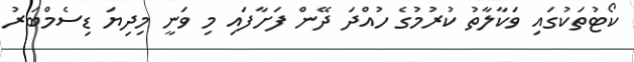
ކޯޓުތަކުގައި ވަކާލާތު ކުރުމުގެ ހުއްދަ ދޭން ފަށާފައި މި ވަނީ މިދިޔަ ޑިސެމްބަރު